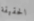
الحقيقة